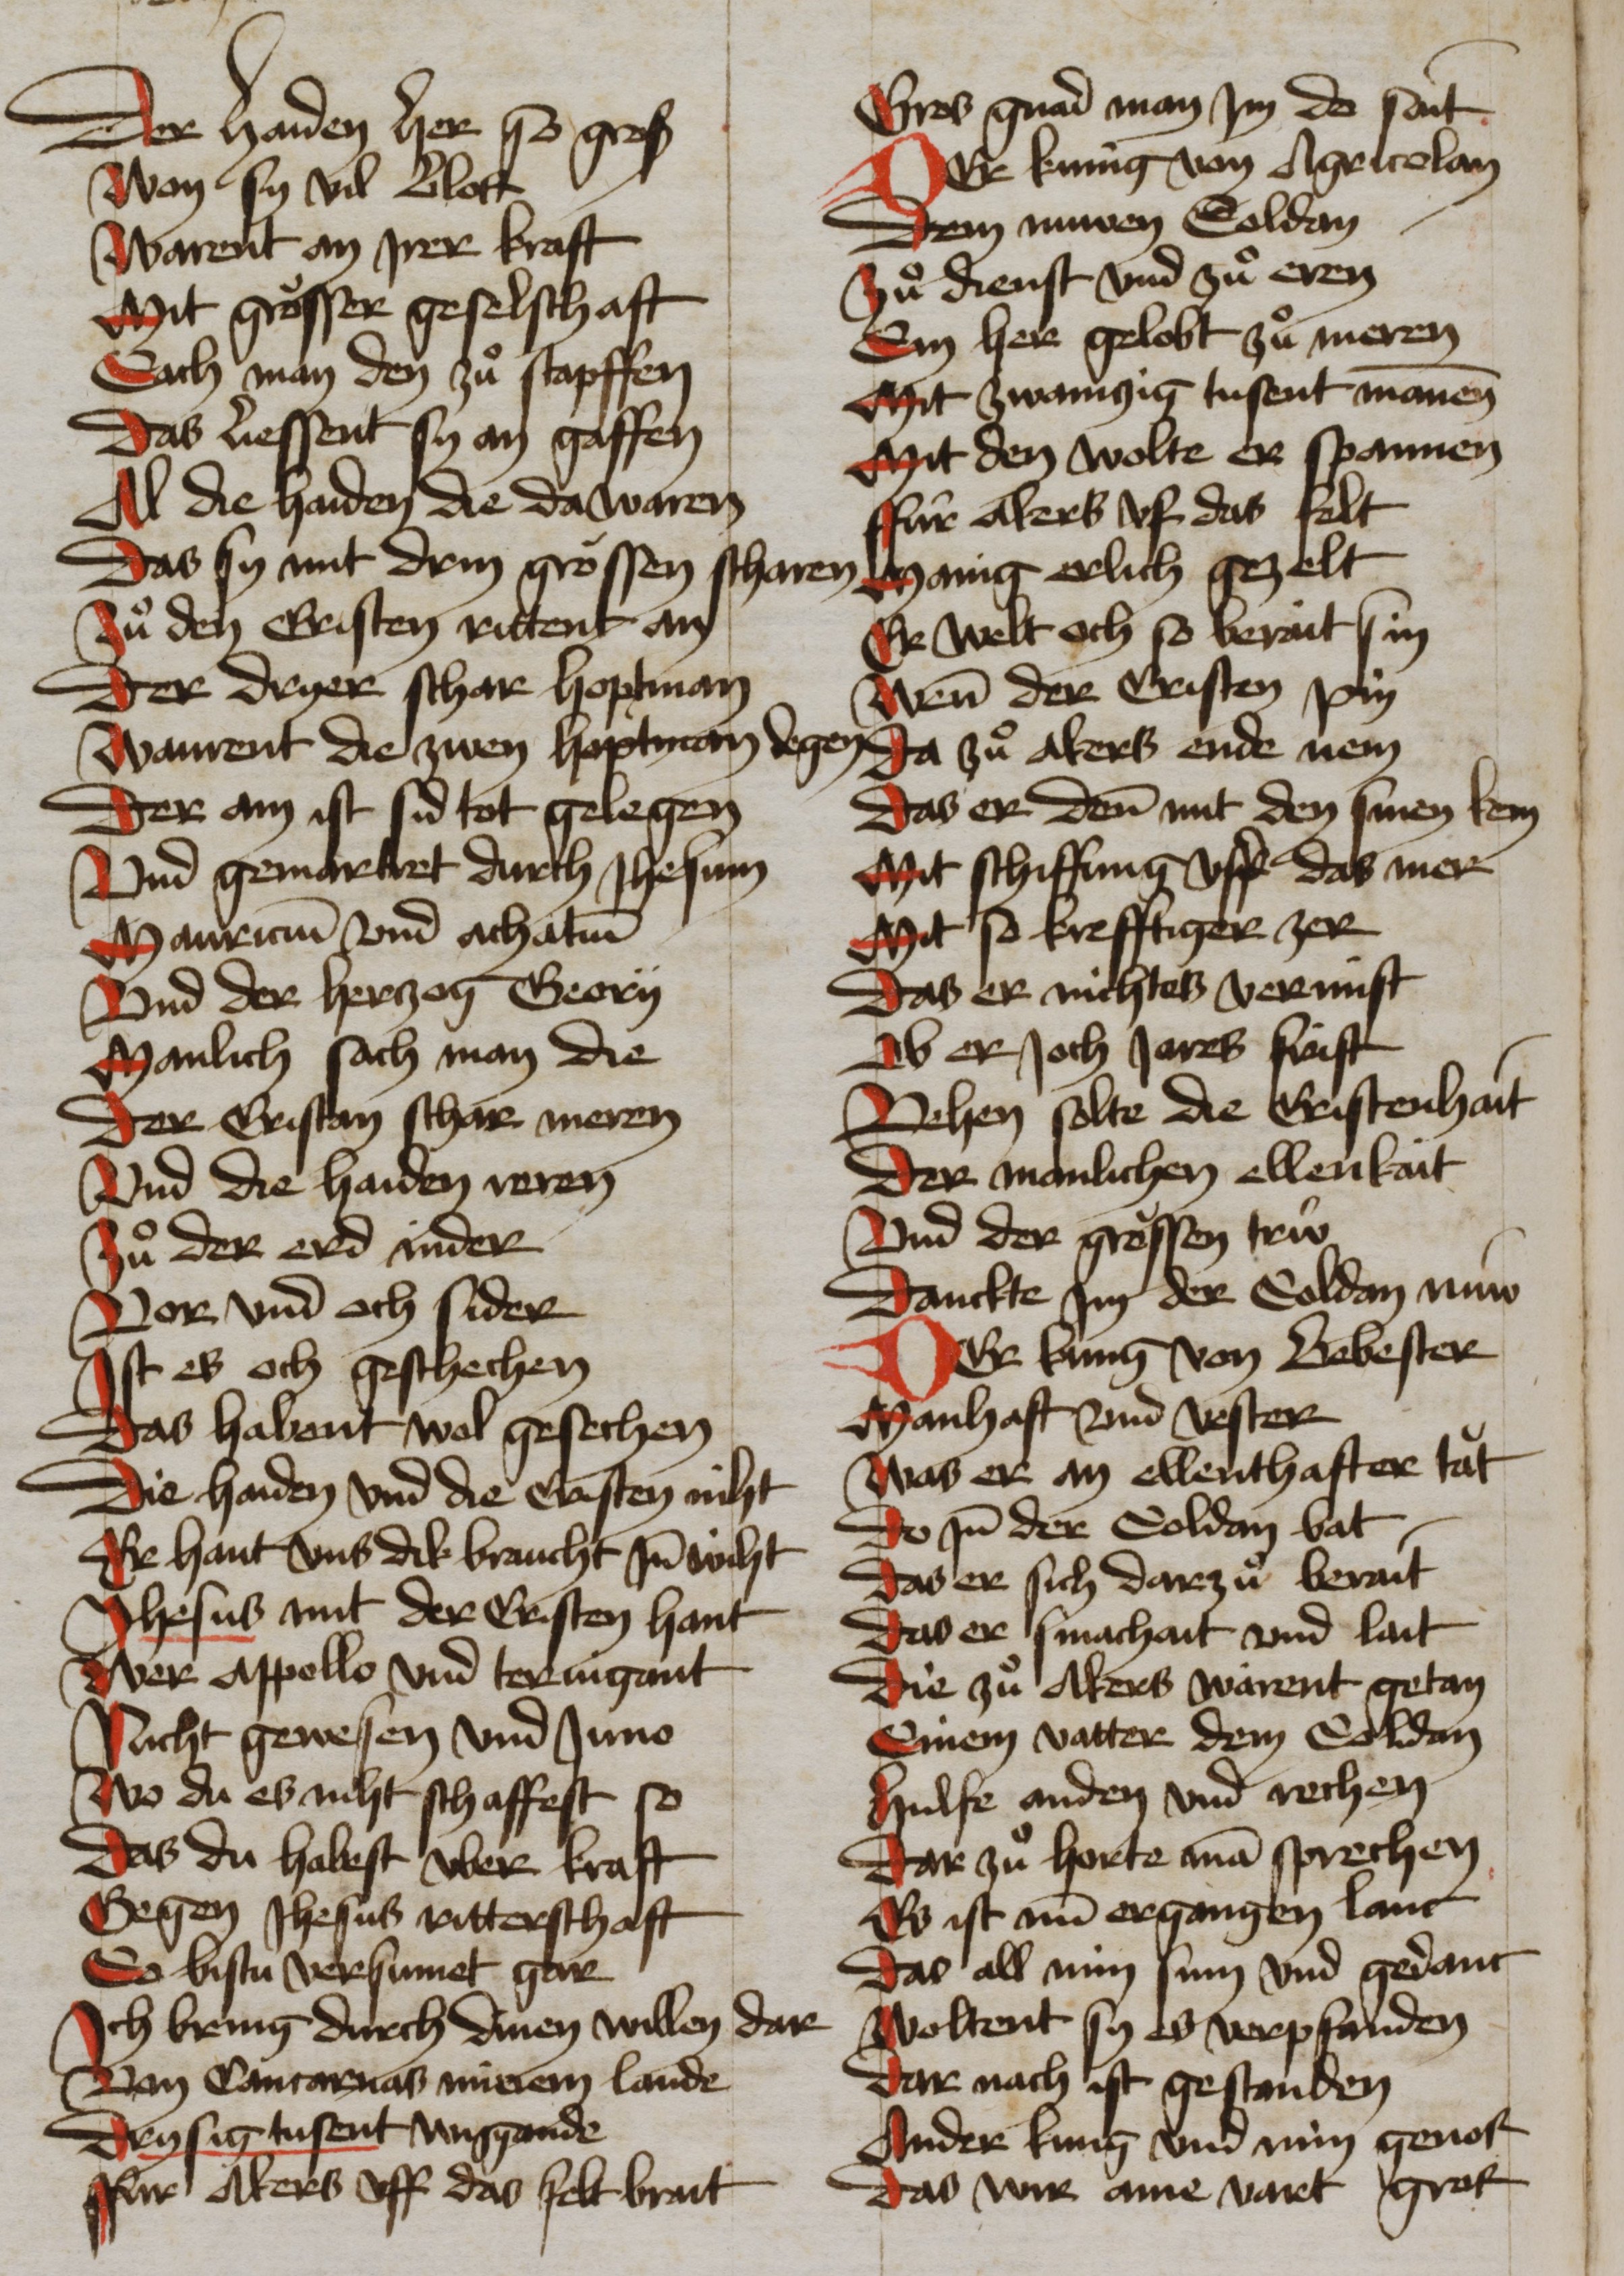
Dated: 1465–1465